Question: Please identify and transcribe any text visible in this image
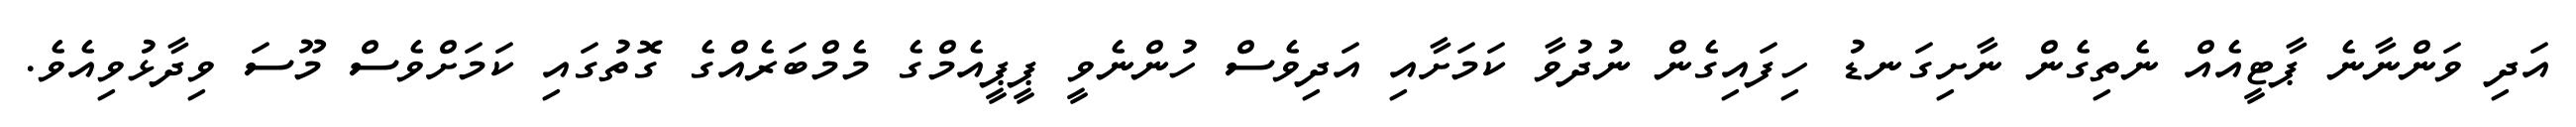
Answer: އަދި ވަންނާނެ ޕާޓީއެއް ނެތިގެން ނާށިގަނޑު ހިފައިގެން ނުދުވާ ކަމަށާއި އަދިވެސް ހުންނެވީ ޕީޕީއެމްގެ މެމްބަރެއްގެ ގޮތުގައި ކަމަށްވެސް މޫސަ ވިދާޅުވިއެވެ.